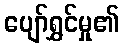
ပျော်ရွှင်မှု၏